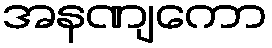
အနဏျကော